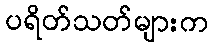
ပရိတ်သတ်များက